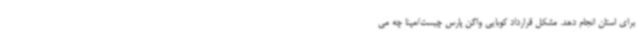
برای استان انجام دهد. مشکل قرارداد کوبایی واگن پارس چیست/مپنا چه می